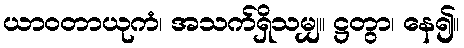
ယာဝတာယုကံ၊ အသက်ရှိသမျှ။ ဋ္ဌတွာ၊ နေ၍။